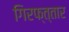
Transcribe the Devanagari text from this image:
गिरफ्त्तार